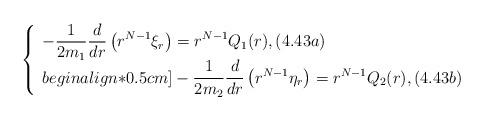
LaTeX: \begin{align*}\left\{\begin{array}{ll}\displaystyle -\dfrac{1}{2m_1}\dfrac{d}{dr}\left(r^{N-1}\xi_r\right)=r^{N-1}Q_1(r),(4.43a)\\begin{align*}0.5cm]\displaystyle-\dfrac{1}{2m_2}\dfrac{d}{dr}\left(r^{N-1}\eta_r\right)=r^{N-1}Q_2(r),(4.43b)\end{array}\right.\end{align*}